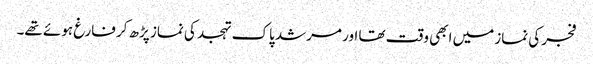
فجر کی نماز میں ابھی وقت تھا اور مرشد پاک تہجد کی نماز پڑھ کر فارغ ہوئے تھے۔